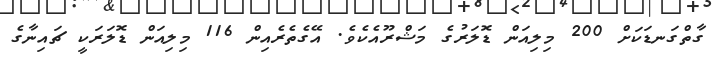
ގާތްގަނޑަކަށް 200 މިލިއަން ޑޮލަރުގެ މަޝްރޫއެކެވެ. އޭގެތެރެއިން 116 މިލިއަން ޑޮލަރަކީ ޗައިނާގެ